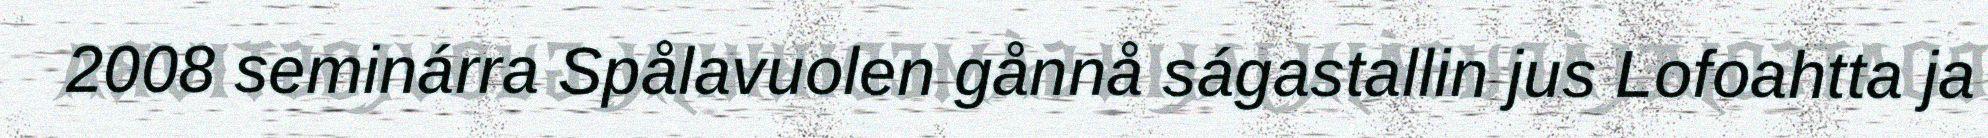
2008 seminárra Spålavuolen gånnå ságastallin jus Lofoahtta ja